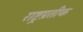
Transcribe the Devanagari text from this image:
राष्ट्रप्रतीक